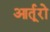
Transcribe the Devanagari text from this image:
आर्तूरो